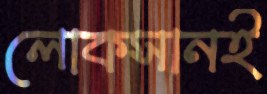
লোকসানই